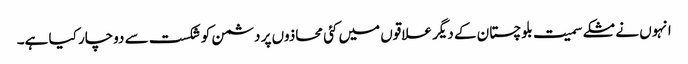
انہوں نے مشکے سمیت بلوچستان کے دیگر علاقوں میں کئی محاذوں پر دشمن کو شکست سے دوچار کیا ہے۔